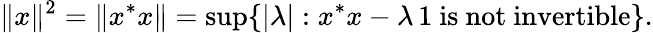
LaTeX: \| x\| ^{2}=\| x^{*}x\| =\operatorname*{sup}\{ |\lambda|:x^{*}x-\lambda\, 1{\mathrm{~is~not~invertible}}\} .